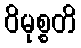
ဝိမုစ္စတိ